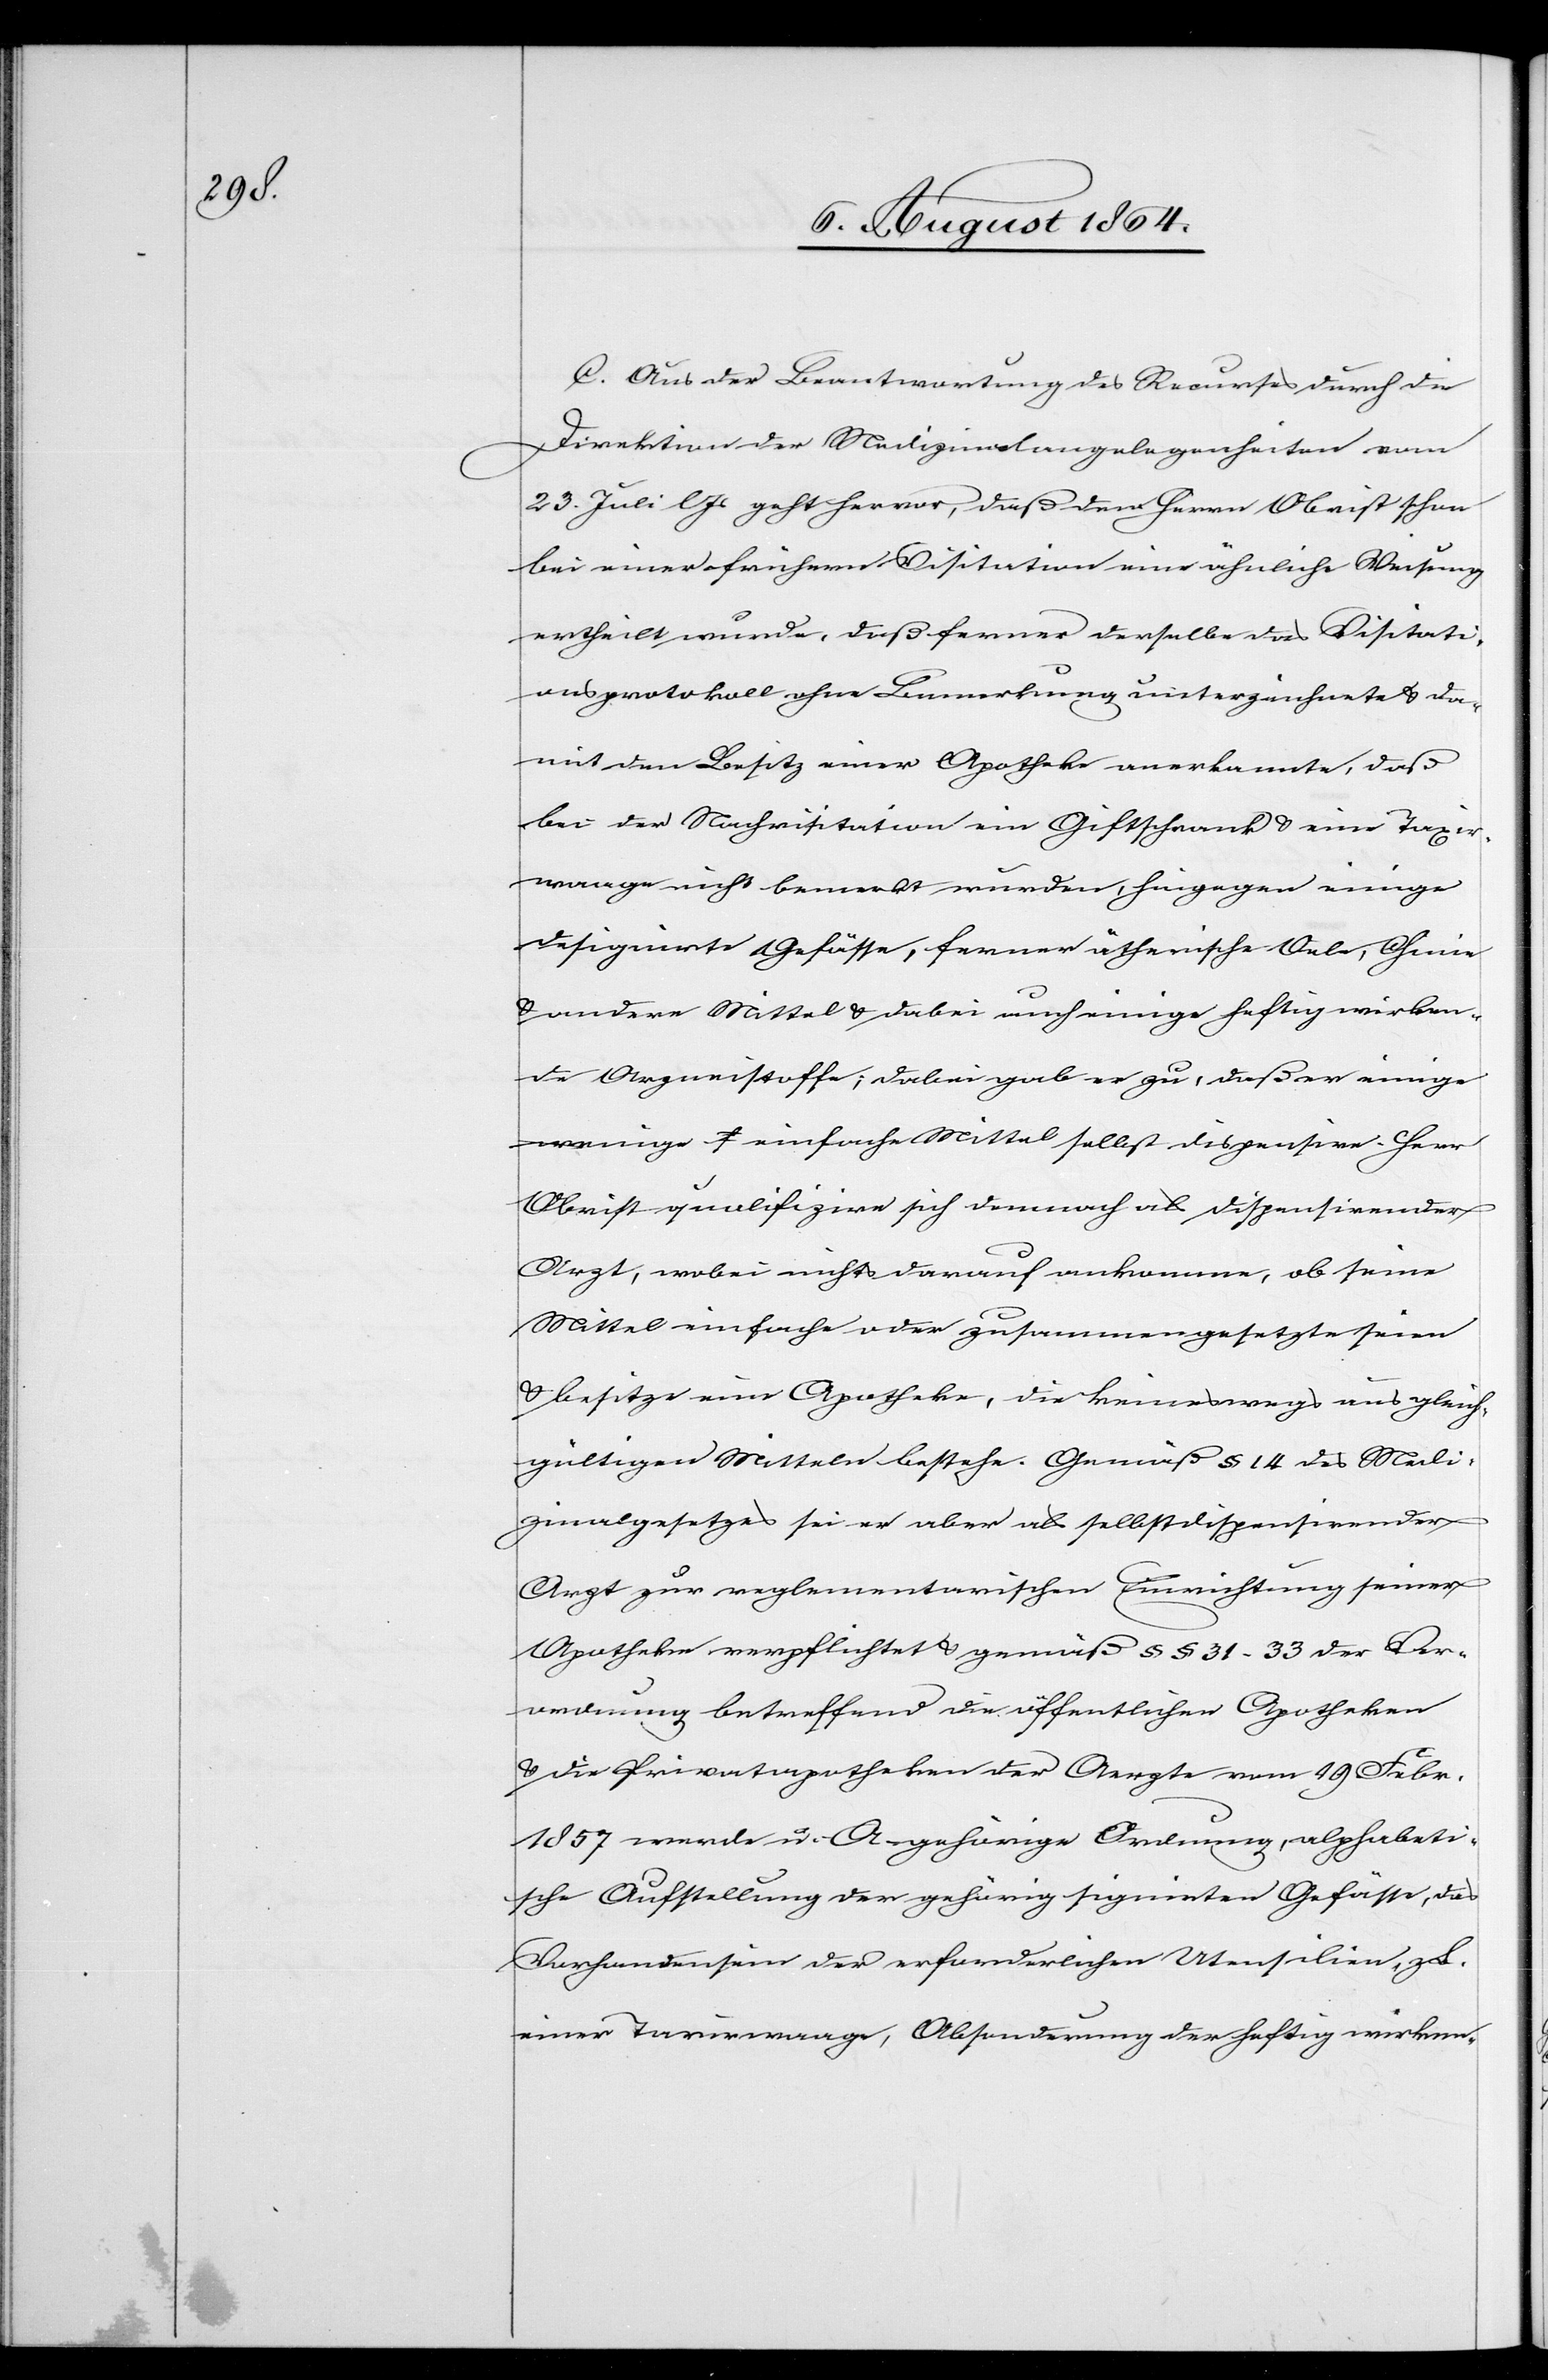
C. Aus der Beantwortung des Recurses durch die
Direktion der Medizinalangelegenheiten vom
23. Juli l. Js. geht hervor, daß dem Herrn Obrist schon
bei einer frühern Visitation eine ähnliche Weisung
ertheilt wurde, daß ferner derselbe das Visitati¬
onsprotokoll ohne Bemerkung unterzeichnete & da¬
mit den Besitz einer Apotheke anerkannte, daß
bei der Nachvisitation ein Giftschrank & eine Taxir¬
waage nicht bemerkt wurden, hingegen einige
designirte Gefässe, ferner ätherische Oele, Chinie
& andere Mittel & dabei auch einige heftig wirken¬
de Arzneistoffe; dabei gab er zu, daß er einige
wenige einfache Mittel selbst dispensire. Herr
Obrist qualifizire sich demnach als dispensirender
Arzt, wobei nichts darauf ankomme, ob seine
Mittel einfache oder zusammengesetzte seien
& besitze eine Apotheke, die keineswegs aus gleich¬
gültigen Mitteln bestehe. Gemäß § 14 des Medi¬
zinalgesetzes sei er aber als selbstdispensirender
Arzt zur reglementarischen Einrichtung seiner
Apotheke verpflichtet & gemäß §§ 31–33 der Ver¬
ordnung betreffend die öffentlichen Apotheken
& die Privatapotheken der Aerzte vom 19. Febr.
1857 werde u. A. gehörige Ordnung, alphabeti¬
sche Aufstellung der gehörig signirten Gefässe, das
Vorhandensein der erforderlichen Utensilien, z.
einer Taxirwaage, Absonderung der heftig wirken-